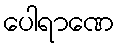
ပေါရာဏေ